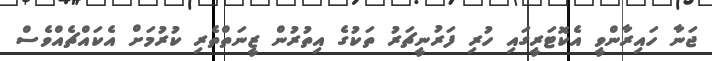
ޖަނާ ހައިރާންވީ އެކޮޓަރީގައި ހުރި ފަރުނީޗަރު ތަކުގެ އިތުރުން ޒީނަތްތެރި ކުރުމަށް އެކައްޗެއްވެސް